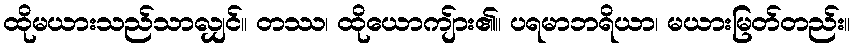
ထိုမယားသည်သာလျှင်။ တဿ၊ ထိုယောကျ်ား၏။ ပရမာဘရိယာ၊ မယားမြတ်တည်း။